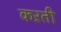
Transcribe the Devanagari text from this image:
कऱती